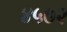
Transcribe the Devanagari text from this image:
४५७२